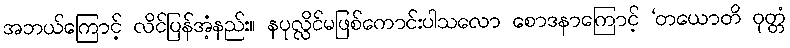
အဘယ်ကြောင့် လိင်ပြန်အံ့နည်း။ နပုလ္လိင်မဖြစ်ကောင်းပါသလော စောဒနာကြောင့် ‘တယောတိ ဝုတ္တံ